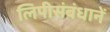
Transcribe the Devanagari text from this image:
लिपीसंबंधानें